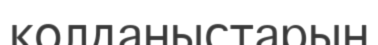
қолданыстарын